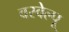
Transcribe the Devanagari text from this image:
वरवेल्पू